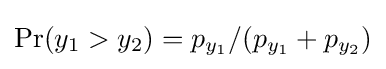
\Pr(y_{1}>y_{2})=p_{y_{1}}/(p_{y_{1}}+p_{y_{2}})